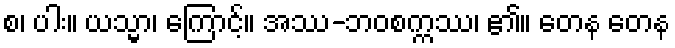
စ၊ ပါး။ ယသ္မာ၊ ကြောင့်။ အဿ-ဘဝစက္ကဿ၊ ၏။ တေန တေန